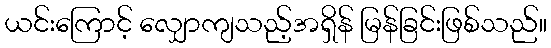
ယင်းကြောင့် လျှောကျသည့်အရှိန် မြန်ခြင်းဖြစ်သည်။